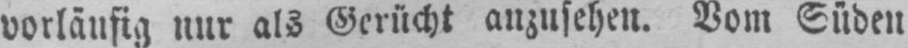
vorläufig nur als Gerücht anzusehen. Vom Süden